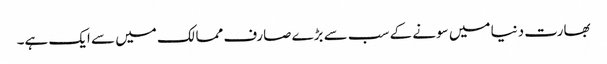
بھارت دنیا میں سونے کے سب سے بڑے صارف ممالک میں سے ایک ہے۔